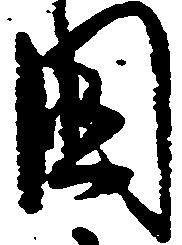
国